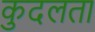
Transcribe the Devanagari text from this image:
कुदलता